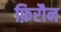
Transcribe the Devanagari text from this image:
फ़िरौन